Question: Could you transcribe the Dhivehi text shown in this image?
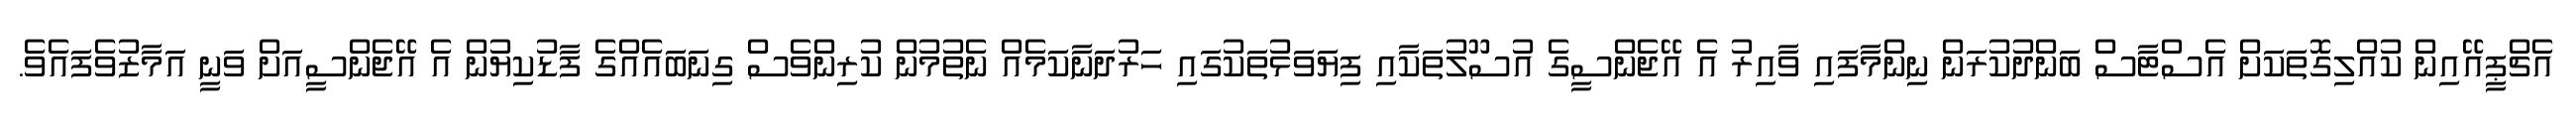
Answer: އެޗްޕީއޭއިން ކުއްލިގޮތަކަށް އެސްޓާސް ބަންދުކުރަން ނިންމާފައި ވާއިރު އެ އޭޖެންސީގެ އުސޫލުތަކާއި ފިޔަވަޅުތަކުގައި ހަރުދަނާކަމެއް ނެތުމުން ކުރިންވެސް ގިނަބައެއްގެ ފާޑުކިޔުން އެ އޭޖެންސީއަށް ވަނީ އަމާޒުވެފައެވެ.